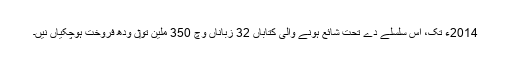
2014ء تک، اس سلسلے دے تحت شائع ہونے والی کتاباں 32 زباناں وچ 350 ملین تو‏ں ودھ فروخت ہوچکیاں نیں۔